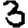
Digit: 3